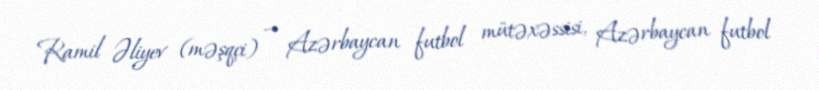
Ramil Əliyev (məşqçi) — Azərbaycan futbol mütəxəssisi, Azərbaycan futbol